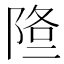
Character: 𨹿